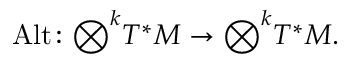
\operatorname { A l t } \colon { \bigotimes } ^ { k } T ^ { * } M \to { \bigotimes } ^ { k } T ^ { * } M .